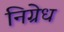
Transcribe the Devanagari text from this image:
निग्रेध